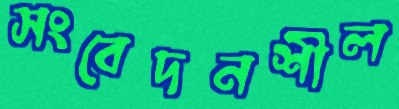
সংবেদনশীল